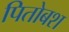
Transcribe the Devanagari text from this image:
पितोबश